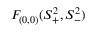
F _ { ( 0 , 0 ) } ( S _ { { + } } ^ { 2 } , S _ { { - } } ^ { 2 } )